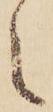
え